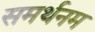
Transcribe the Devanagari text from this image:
समर्थनम